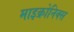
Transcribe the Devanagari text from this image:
माइक्रोनिक्स